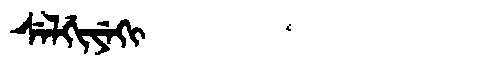
Manchu: ᠰᡝᠯᡤᡳᠶᡝᡴᡳ
Romanization: SELGIYEKI